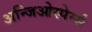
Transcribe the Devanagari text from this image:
अन्जिओस्पेर्म्स